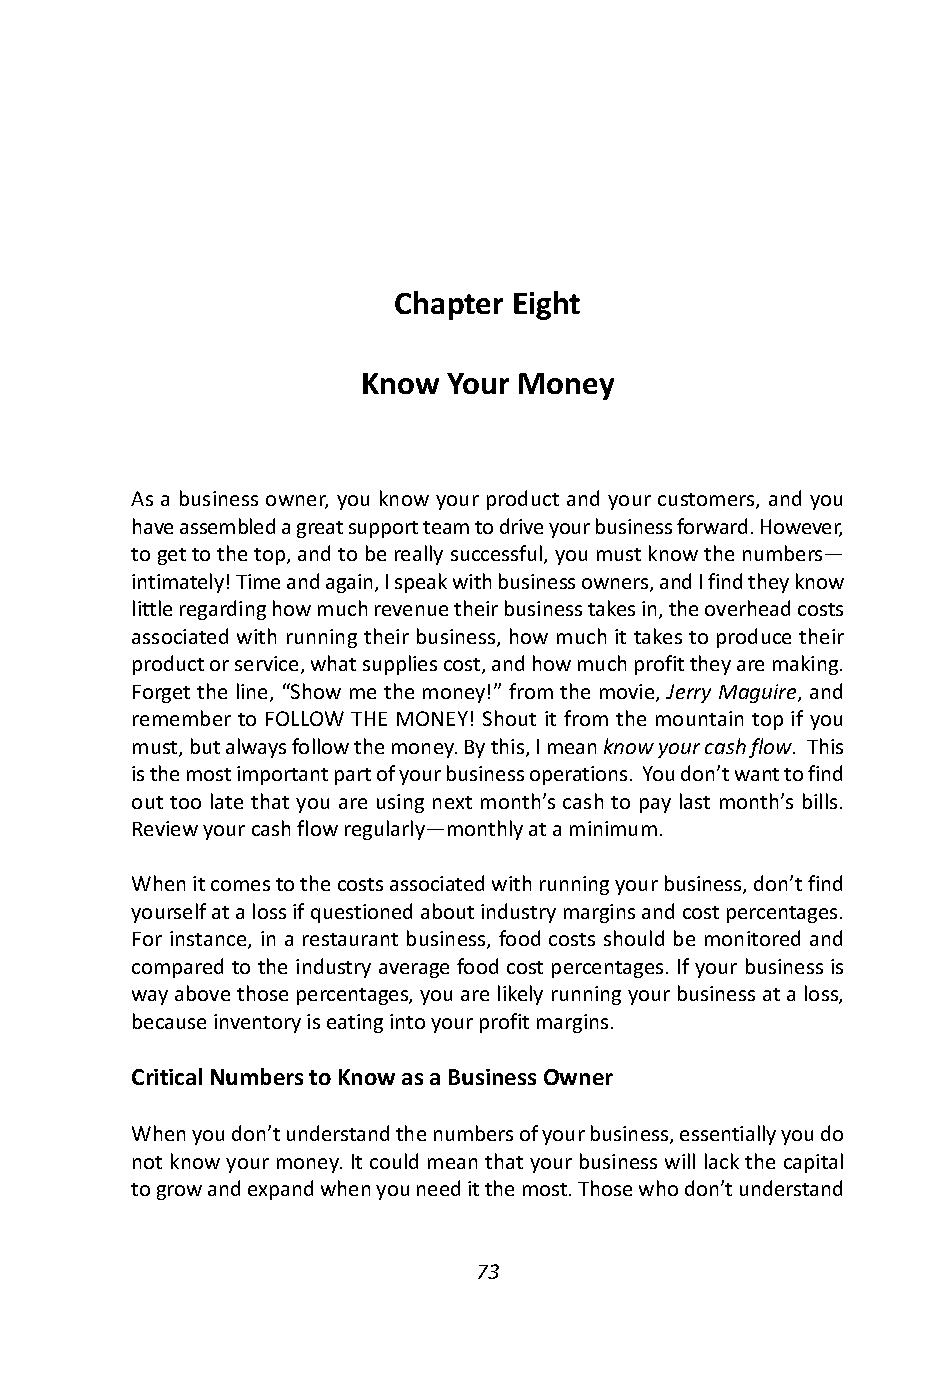
Chapter Eight
 Know  Your Money
 As a business owner, you know your product and your customers, and you
 have assembled a great support team to drive your business forward. However,
 to get to the top, and to be really successful, you must know the numbers—
 intimately! Time and again, I speak with business owners, and I find they know
 little regarding how much revenue their business takes in, the overhead costs
 associated with running their business, how much it takes to produce their
 product or service, what supplies cost, and how much profit they are making.
 Forget the line, “Show me the money!” from the movie, Jerry Maguire, and
 remember to FOLLOW THE MONEY! Shout it from the mountain top if you
 must, but always follow the money. By this, I mean know your cash flow. This
 is the most important part of your business operations. You don’t want to find
 out too late that you are using next month’s cash to pay last month’s bills.
 Review your cash flow regularly—monthly at a minimum.
 When it comes to the costs associated with running your business, don’t find
 yourself at a loss if questioned about industry margins and cost percentages.
 For instance, in a restaurant business, food costs should be monitored and
 compared to the industry average food cost percentages. If your business is
 way above those percentages, you are likely running your business at a loss,
 because inventory is eating into your profit margins.
 Critical Numbers to Know as a Business Owner
 When you don’t understand the numbers of your business, essentially you do
 not know your money. It could mean that your business will lack the capital
 to grow and expand when you need it the most. Those who don’t understand
 73